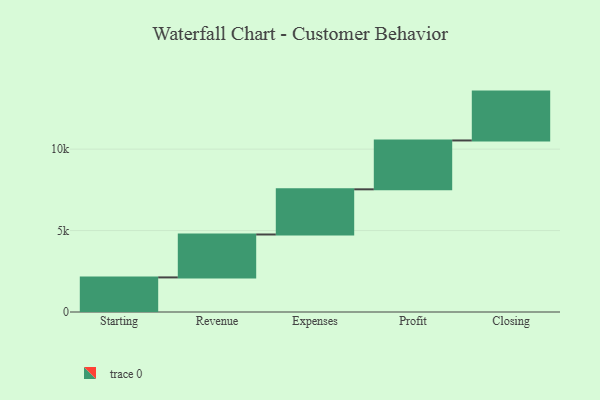
{"axis": {"x": "Step", "y": "Value"}, "legend": [""], "data": [{"x": "Starting", "y": 2124.0, "type": ""}, {"x": "Revenue", "y": 2635.0, "type": ""}, {"x": "Expenses", "y": 2773.0, "type": ""}, {"x": "Profit", "y": 3000, "type": ""}, {"x": "Closing", "y": 3000, "type": ""}]}